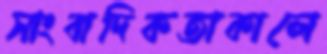
সাংবাদিকতাকালে